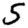
Digit: 5